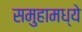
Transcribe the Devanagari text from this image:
समुहामध्ये